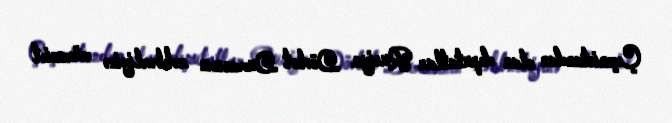
Çeçenistandan olan deputatlar Rusiya Dövlət Dumasının rəhbərliyinə müraciət